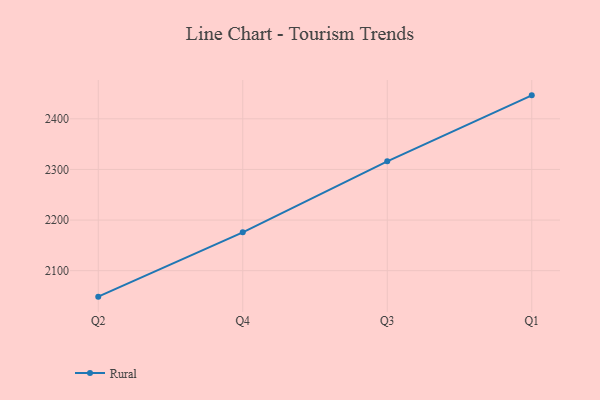
{"axis": {"x": "Quarter", "y": "Production Output"}, "legend": ["Rural"], "data": [{"x": "Q2", "y": 2048.7, "type": "Rural"}, {"x": "Q4", "y": 2175.7, "type": "Rural"}, {"x": "Q3", "y": 2316.1, "type": "Rural"}, {"x": "Q1", "y": 2446.4, "type": "Rural"}]}